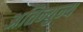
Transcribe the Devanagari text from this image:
अतिन्युन्य